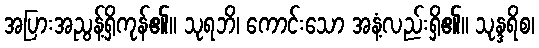
အပြားအညွန့်ရှိကုန်၏။ သုရဘိ၊ ကောင်းသော အနံ့လည်းရှိ၏။ သုန္ဒရိစ၊